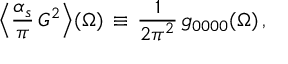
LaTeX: \Big \langle \frac { \alpha _ { s } } { \pi } \, G ^ { 2 } \Big \rangle ( \Omega ) \, \equiv \, \frac { 1 } { 2 \pi ^ { 2 } } \, g _ { 0 0 0 0 } ( \Omega ) \, ,